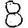
Digit: 8